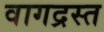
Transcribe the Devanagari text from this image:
वागद्रस्त